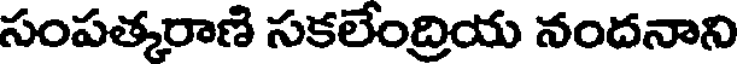
సంపత్కరాణి సకలేంద్రియ నందనాని